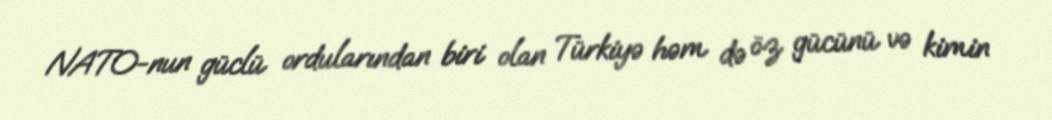
NATO-nun güclü ordularından biri olan Türkiyə həm də öz gücünü və kimin